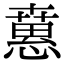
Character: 𢡘